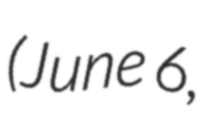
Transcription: (June 6,